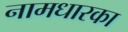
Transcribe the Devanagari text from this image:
नामधारका